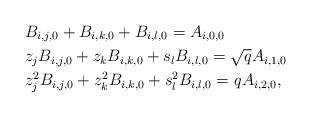
LaTeX: \begin{align*}&B_{i,j,0}+B_{i,k,0}+B_{i,l,0}=A_{i,0,0}\\&z_jB_{i,j,0}+z_kB_{i,k,0}+s_lB_{i,l,0}=\sqrt{q}A_{i,1,0}\\&z_j^2B_{i,j,0}+z_k^2B_{i,k,0}+s_l^2B_{i,l,0}=qA_{i,2,0},\end{align*}